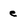
Character: e